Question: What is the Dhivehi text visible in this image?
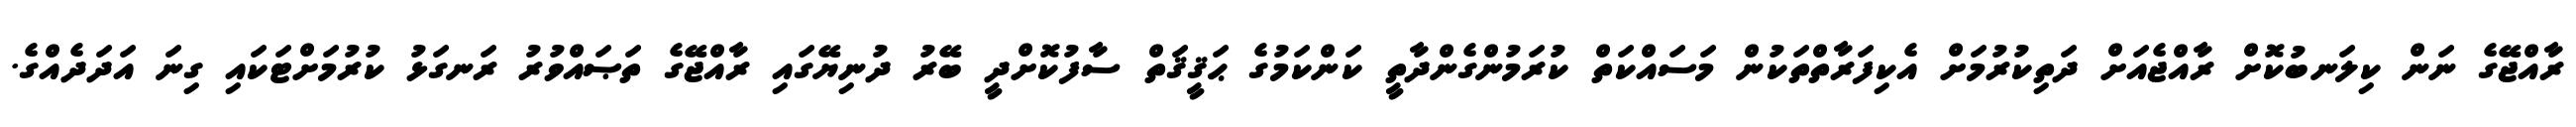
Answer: ރާއްޖޭގެ ނަން ކިލަނބުކޮށް ރާއްޖެއަށް ދަތިކުރުމަށް އެކިފަރާތްތަކުން މަސައްކަތް ކުރަމުންގެންދާތީ ކަންކަމުގެ ޙަޤީޤަތް ސާފުކޮށްދީ ބޭރު ދުނިޔޭގައި ރާއްޖޭގެ ތަޞައްވުރު ރަނގަޅު ކުރުމަށްޓަކައި ގިނަ އަދަދެއްގެ.